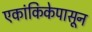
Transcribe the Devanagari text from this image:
एकांकिकेपासून